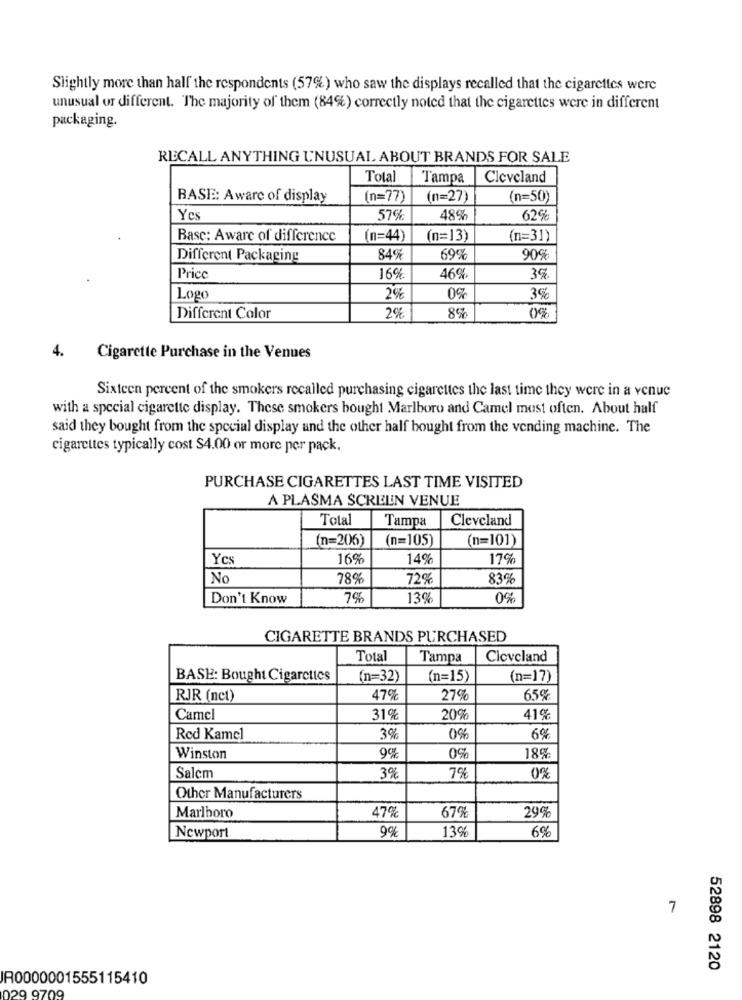
Slightly more than half the respondents (57%) who saw the displays recalled that the cigarettes were
unusual of different. The majority of them (84%) correctly noted that the cigarettes were in different
packaging.
RECALL ANYTHING UNUSUAL ABOUT BRANDS FOR SALE
Total
Tampa
Cleveland
BASE: Aware of display
(n=77)
(n=27)
(n=50)
Yes
57%
48%
62%
Basc: Aware of difference
(n=44)
(n=13)
(n=31)
Different Packaging
84%
69%
90%
Price
16%
46%
3%
Logo
2%
0%
3%
2%
Different Color
8%
0%
4.
Cigarette Purchase in the Venues
Sixteen percent of the smokers recalled purchasing cigarettes the last time they were in a venue
with a special cigarette display. These smokers bought Marlboro and Camel most often. About half
said they bought from the special display and the other half bought from the vending machine. The
cigarettes typically cost $4.00 or more per pack.
PURCHASE CIGARETTES LAST TIME VISITED
A PLASMA SCREEN VENUE
Total
Tampa
Cleveland
(n=206)
(n=105)
(n=101)
Yes
16%
14
17%
No
78%
729%
83%
Don't Know
7%
13%
0%
CIGARETTE BRANDS PURCHASED
Total
Tampa
Cleveland
BASE: Bought Cigarettes
(n=32)
(n=15)
(n=17)
RJR (nct)
47%
27%
65%
Camel
31%
20%
41%
Rod Kamel
3%
0%
9%
Winston
0%
18%
Salcm
3%
7%
0%
Other Manufacturers
Marlboro
47%
67%
29%
9%
13%
6%
Newport
7
52898 2120
R0000001555115410
029 9709